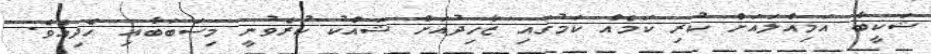
ޝަކީބާ އަމިއްލައަށް ކުރި ކަމެއް ކަމުގައި ޒާހިދުއަށް ޝައްކު ކުރެވުނީ މިސަބަބާއި ހެދިއެވެ.